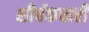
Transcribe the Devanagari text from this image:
शीर्षकधारी